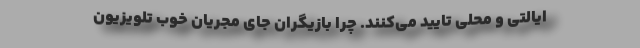
ایالتی و محلی تایید می‌کنند. چرا بازیگران جای مجریان خوب تلویزیون